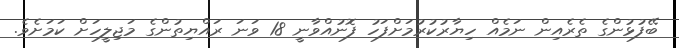
ބޭފުޅުންގެ ތެރެއިން ނަމެއް ހިޔާރުކުރުމަށްފަހު ފޮނުއްވާނީ 18 ވަނަ ރައްޔިތުންގެ މަޖިލީހަށް ކަމަށެވެ.